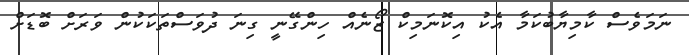
ނަމަވެސް ކާމިޔާބުކަމާ އެކު އިކޮނަމިކް ޒޯނެއް ހިންގޭނީ ގިނަ ދުވަސްތަކަކުން ވަރަށް ބޮޑަށް